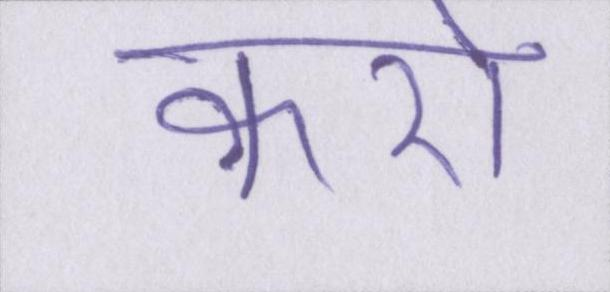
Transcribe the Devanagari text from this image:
कारो